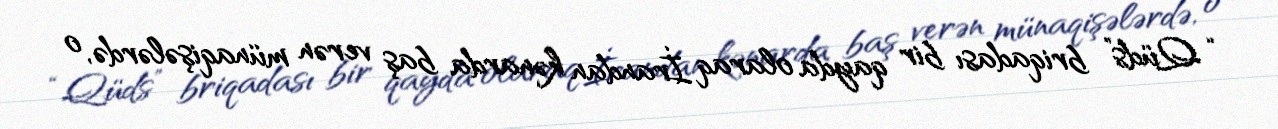
“Qüds” briqadası bir qayda olaraq İrandan kənarda baş verən münaqişələrdə, o